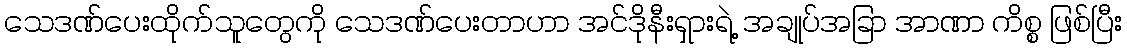
သေဒဏ်ပေးထိုက်သူတွေကို သေဒဏ်ပေးတာဟာ အင်ဒိုနီးရှားရဲ့ အချုပ်အခြာ အာဏာ ကိစ္စ ဖြစ်ပြီး